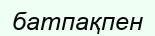
батпақпен